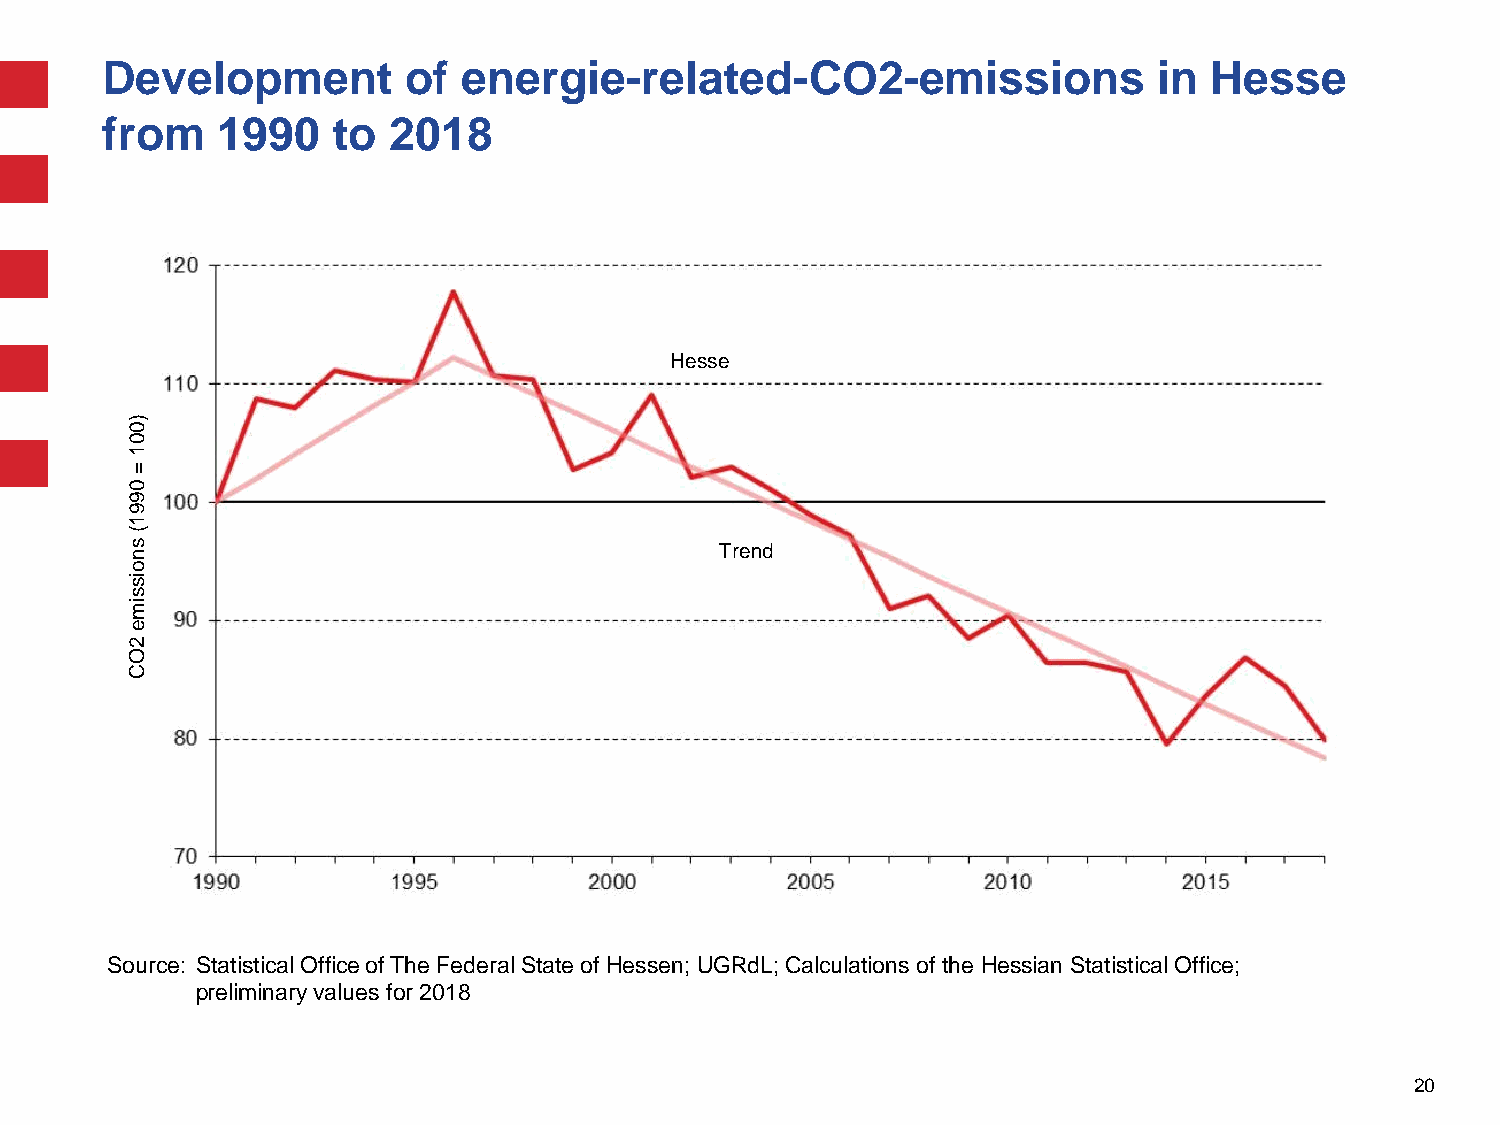
Development         of  energie-related-CO2-emissions                 in Hesse
 from   1990    to  2018
 Hesse
 )
 0
 0
 1
 =
 0
 9
 9
 1
 (
 s                                       Trend
 n
 o
 is
 s
 im
 e
 2
 O
 C
 Source: Statistical Office of The Federal State of Hessen; UGRdL; Calculations of the Hessian Statistical Office;
 preliminary values for 2018
 20